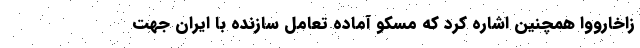
زاخارووا همچنین اشاره کرد که مسکو آماده تعامل سازنده با ایران جهت